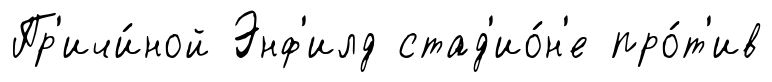
Пр'ичи́ной Энф'илд стад'ио́н'е про́т'ив